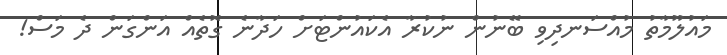
މައުލޫމާތު މުއްސަނދިވި ބޭނުން ނުކުރާ އެކައުންްޓަށް ހަދާނެ ގޮތެއް އަންގަން ދެ މަސް!